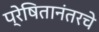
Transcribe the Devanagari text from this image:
प्रेषितानंतरचे